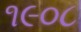
૧૯૦૮